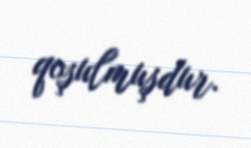
qoşulmuşdur.